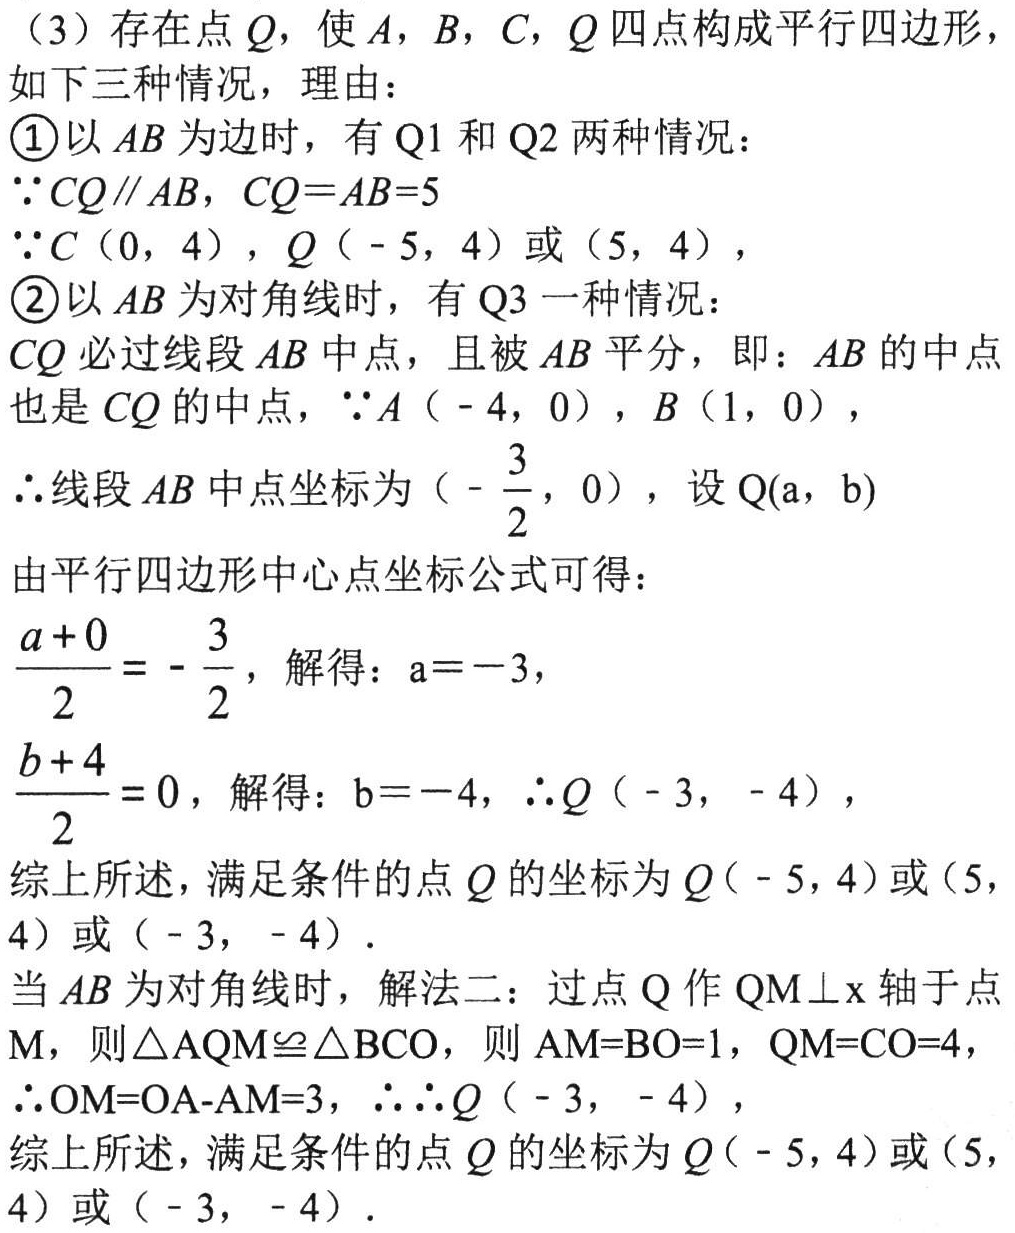
（3）存在点 \(Q\)，使 \(A\)，\(B\)，\(C\)，\(Q\) 四点构成平行四边形，如下三种情况，理由：
\textcircled{1}以 \(AB\) 为边时，有 \(Q1\) 和 \(Q2\) 两种情况：
\(\because CQ\parallel AB\)，\(CQ = AB = 5\)
\(\because C(0,4)\)，\(Q(-5,4)\) 或 \((5,4)\)，
\textcircled{2}以 \(AB\) 为对角线时，有 \(Q3\) 一种情况：
\(CQ\) 必过线段 \(AB\) 中点，且被 \(AB\) 平分，即：\(AB\) 的中点也是 \(CQ\) 的中点，\(\because A(-4,0)\)，\(B(1,0)\)，
\(\therefore\) 线段 \(AB\) 中点坐标为 \((-\frac{3}{2},0)\)，设 \(Q(a,b)\)
由平行四边形中心点坐标公式可得：
\(\frac{a + 0}{2}=-\frac{3}{2}\)，解得：\(a=-3\)，
\(\frac{b + 4}{2}=0\)，解得：\(b=-4\)，\(\therefore Q(-3,-4)\)，
综上所述，满足条件的点 \(Q\) 的坐标为 \(Q(-5,4)\) 或 \((5,4)\) 或 \((-3,-4)\)．
当 \(AB\) 为对角线时，解法二：过点 \(Q\) 作 \(QM\perp x\) 轴于点 \(M\)，则 \(\triangle AQM\cong\triangle BCO\)，则 \(AM = BO = 1\)，\(QM = CO = 4\)，
\(\therefore OM = OA - AM = 3\)，\(\therefore Q(-3,-4)\)，
综上所述，满足条件的点 \(Q\) 的坐标为 \(Q(-5,4)\) 或 \((5,4)\) 或 \((-3,-4)\)．